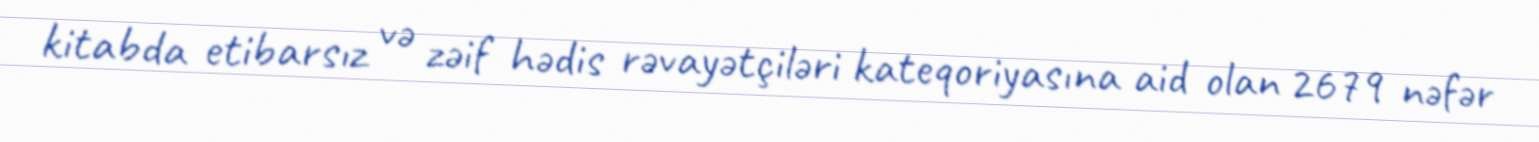
kitabda etibarsız və zəif hədis rəvayətçiləri kateqoriyasına aid olan 2679 nəfər